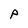
Character: P